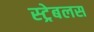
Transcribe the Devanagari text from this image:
स्ट्रेबलस